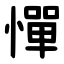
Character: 憚